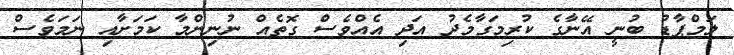
ލަމްޕާޑު ބުނީ އޭނާގެ ކުރިމަގާމެދު އަދި އެއްވެސް ގޮތެއް ނުނިންމާ ކަމަށާއި ނަމަވެސް